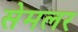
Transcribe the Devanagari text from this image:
सेमलर